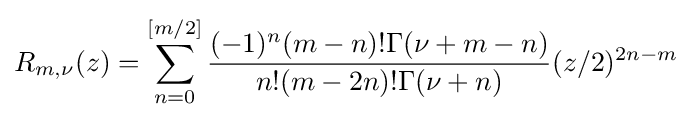
R_{m,\nu }(z)=\sum _{n=0}^{[m/2]}{\frac {(-1)^{n}(m-n)!\Gamma (\nu +m-n)}{n!(m-2n)!\Gamma (\nu +n)}}(z/2)^{2n-m}